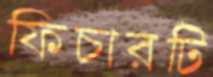
ফিচারটি